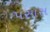
પસાસ